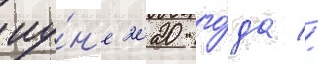
иу́н'е 2020 го́да //